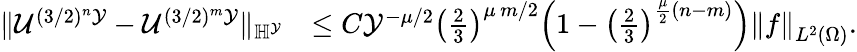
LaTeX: \begin{array}{rl}{\| \mathcal{U}^{(3/2)^{n}\mathcal{Y}}-\mathcal{U}^{(3/2)^{m}\mathcal{Y}}\| _{\mathbb{H}^{\mathcal{Y}}}}&{\leq C\mathcal{Y}^{-\mu/2}\left(\frac{2}{3}\right)^{\mu\, m/2}\Big(1-\left(\frac{2}{3}\right)^{\frac{\mu}{2}(n-m)}\Big)\left\| f\right\| _{L^{2}(\Omega)}.}\end{array}